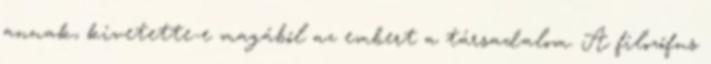
annak, kivetette-e magából az embert a társadalom. A filozófus